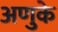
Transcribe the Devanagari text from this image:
अणुके